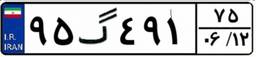
۹۵گ۷۳۷۰۲